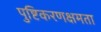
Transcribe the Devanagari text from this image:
पुष्टिकरणक्षमता